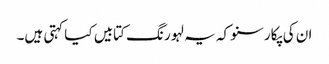
ان کی پکار سنو کہ یہ لہو رنگ کتابیں کیا کہتی ہیں۔